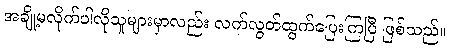
အချို့မလိုက်ပါလိုသူများမှာလည်း လက်လွတ်ထွက်ပြေးကြပြီ ဖြစ်သည်။